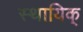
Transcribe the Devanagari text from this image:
स्थायिक्